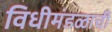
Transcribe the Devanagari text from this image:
विधीमंडळाची